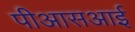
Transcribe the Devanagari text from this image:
पीआसआई